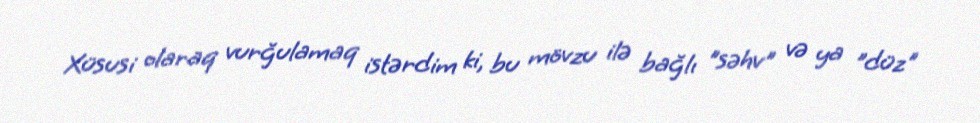
Xüsusi olaraq vurğulamaq istərdim ki, bu mövzu ilə bağlı "səhv" və ya "düz"